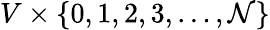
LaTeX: V\times\{ 0,1,2,3,\ldots,\mathcal{N}\}